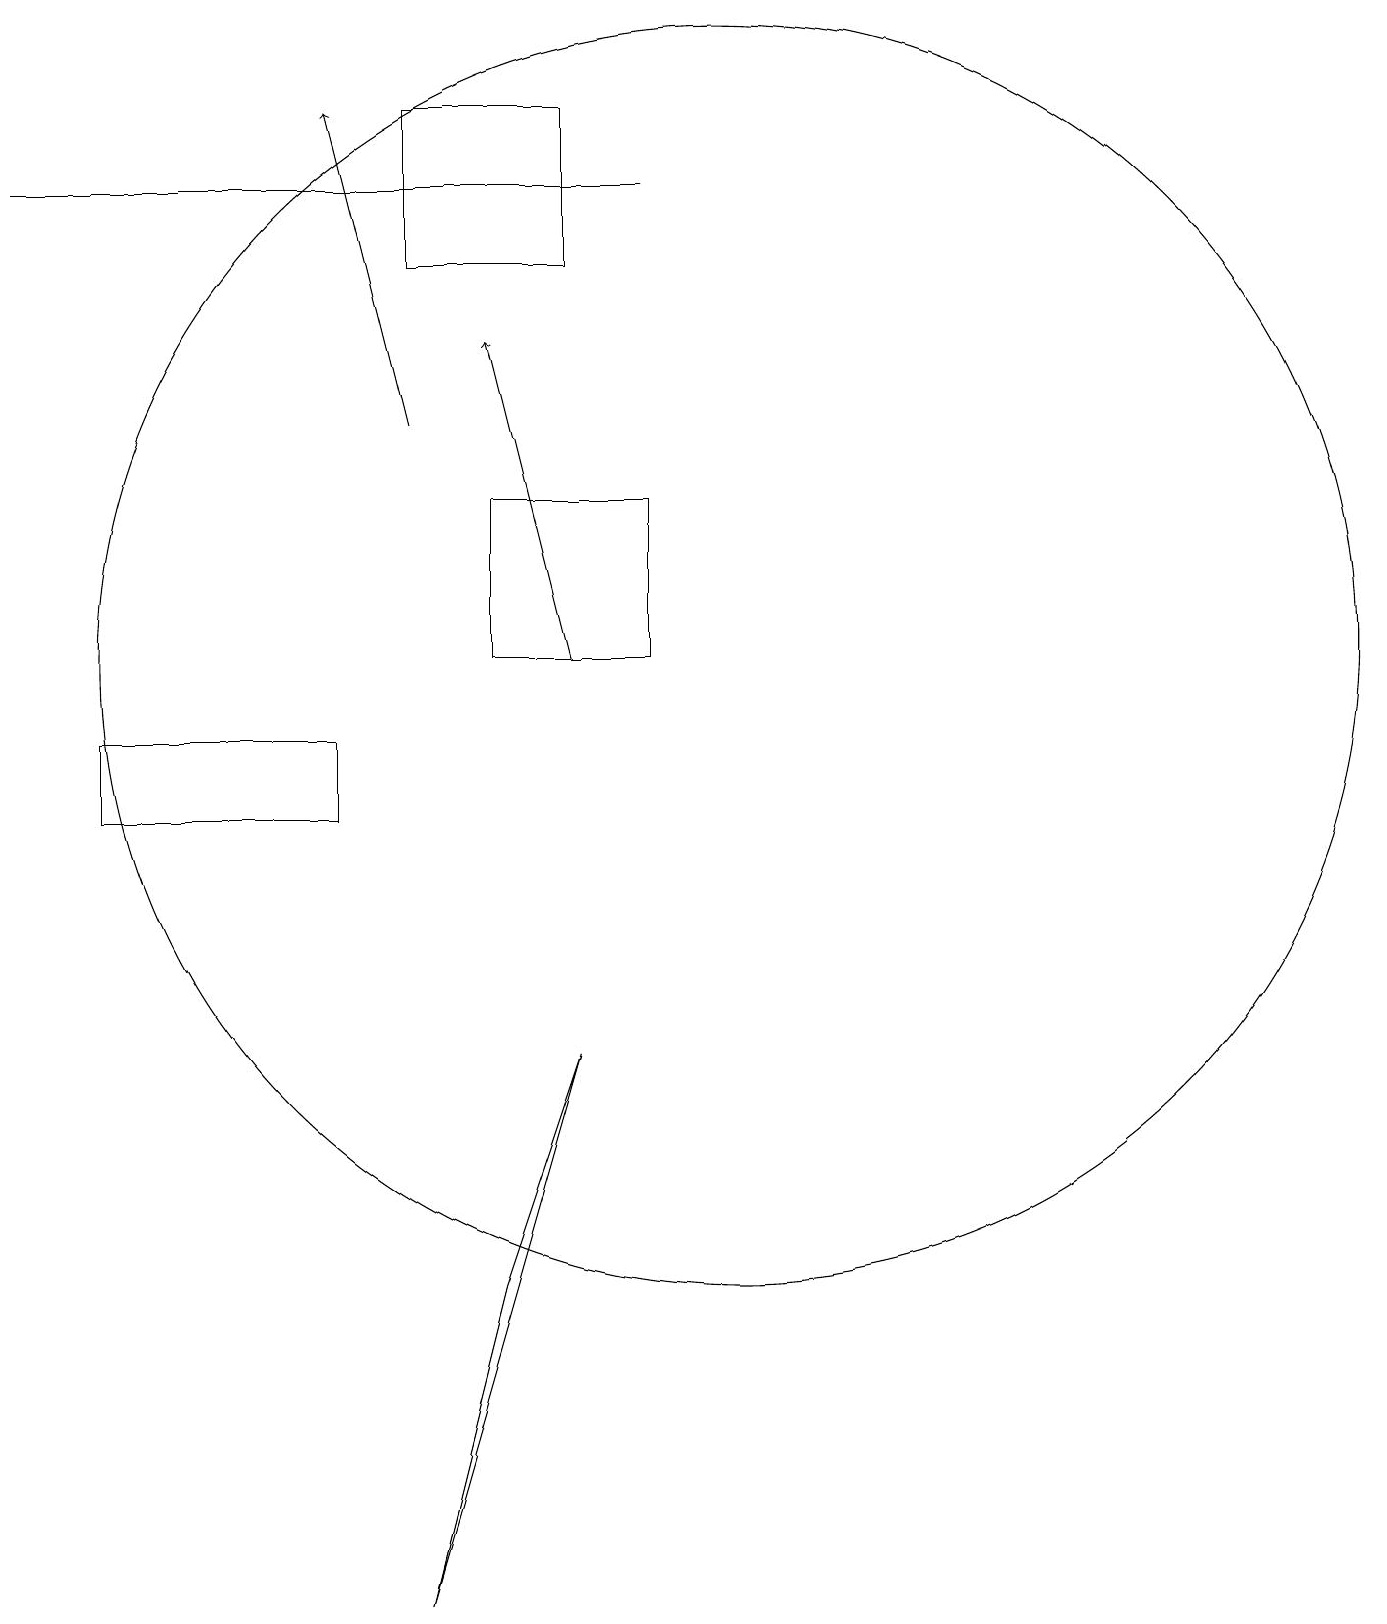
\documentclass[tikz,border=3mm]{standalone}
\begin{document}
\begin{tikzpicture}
\draw[->] (8,12) -- (7,16);
\draw (1,18) rectangle (9,18);
\draw (5,10) rectangle (2,11);
\draw (10,12) circle (8);
\draw (7,14) rectangle (9,12);
\draw (6,0) -- (8,7) -- (7,4) -- cycle;
\draw[->] (6,15) -- (5,19);
\draw (8,19) rectangle (6,17);
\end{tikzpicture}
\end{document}